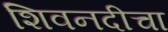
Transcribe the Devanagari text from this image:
शिवनदीचा